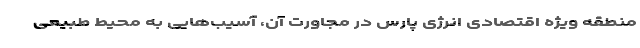
منطقه ویژه اقتصادی انرژی پارس در مجاورت آن، آسیب‌هایی به محیط طبیعی